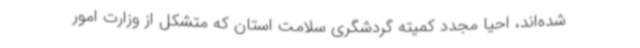
شده‌اند، احیا مجدد کمیته گردشگری سلامت استان که متشکل از وزارت امور